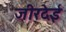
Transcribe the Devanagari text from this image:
जीरदेई